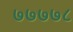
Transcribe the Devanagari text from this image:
७७७७८